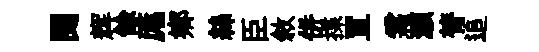
閲辉餘厖鄕絲臣敘併揲罝霜灝膂追